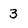
Character: 3